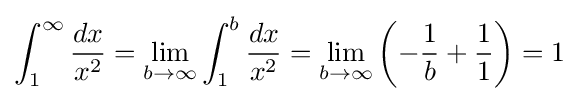
\int _{1}^{\infty }{\frac {dx}{x^{2}}}=\lim _{b\to \infty }\int _{1}^{b}{\frac {dx}{x^{2}}}=\lim _{b\to \infty }\left(-{\frac {1}{b}}+{\frac {1}{1}}\right)=1